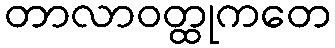
တာလာဝတ္ထုကတေ